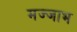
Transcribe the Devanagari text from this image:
मज्जाभ